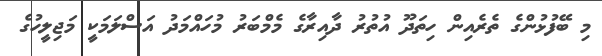
މި ބޭފުޅުންގެ ތެރެއިން ހިތަދޫ އުތުރު ދާއިރާގެ މެމްބަރު މުހައްމަދު އަސްލަމަކީ މަޖިލީހުގެ